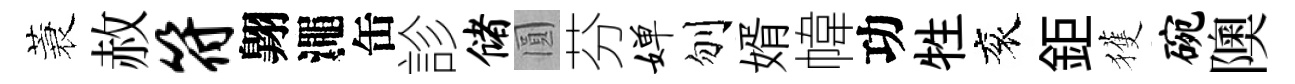
蓑赦符翺澠缶診储圓芬婵刎婿幃功牲衮鉅獲碗隩